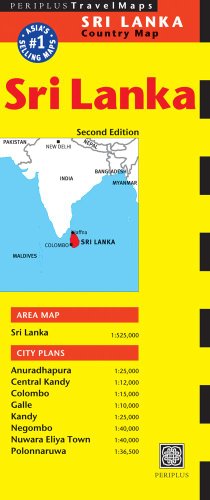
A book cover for Sri Lanka Travel Map Second Edition (Periplus Travel Maps); Travel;